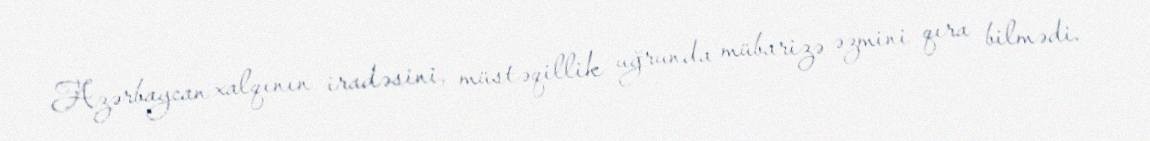
Azərbaycan xalqının iradəsini, müstəqillik uğrunda mübarizə əzmini qıra bilmədi.